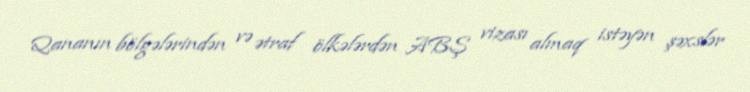
Qananın bölgələrindən və ətraf ölkələrdən ABŞ vizası almaq istəyən şəxslər